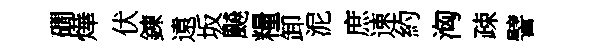
磵燁伏錬遠坂飇糧卸泥庶速約洶疎譬